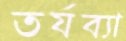
তর্যব্যা